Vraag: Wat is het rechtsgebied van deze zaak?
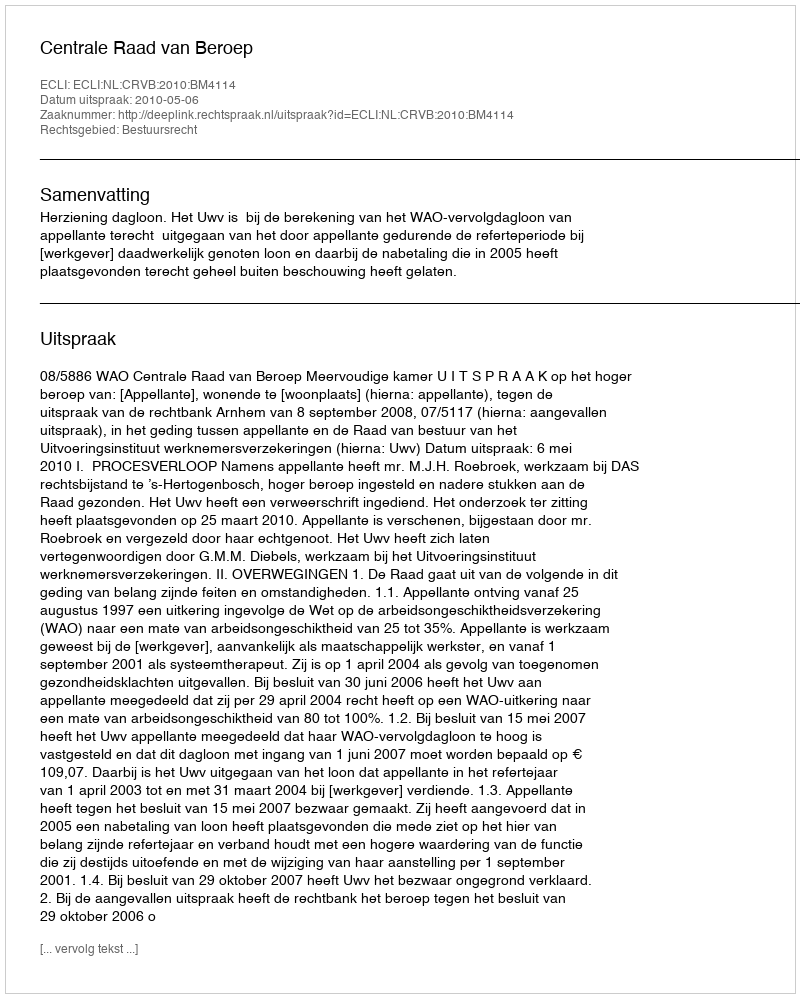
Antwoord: Bestuursrecht